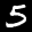
Label: 5